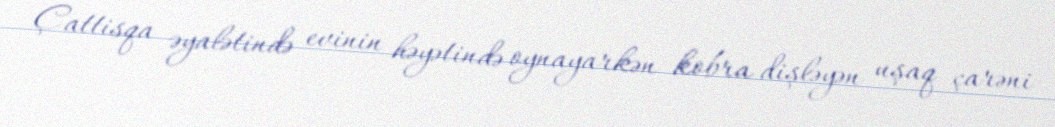
Çattisqa əyalətində evinin həyətində oynayarkən kobra dişləyən uşaq çarəni